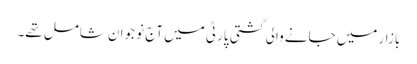
بازار میں جانے والی گشتی پارٹی میں آج نو جوان شامل تھے۔